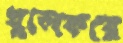
খুলেকরে